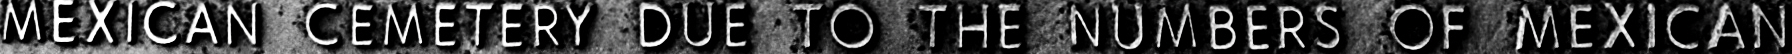
MEXICAN CEMETERY DUE TO THE NUMBERS OF MEXICAN